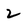
Character: 2